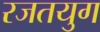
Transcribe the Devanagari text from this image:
रजतयुग